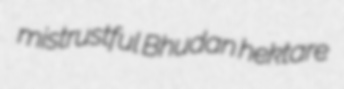
mistrustful Bhudan hektare